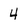
Character: 4